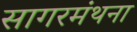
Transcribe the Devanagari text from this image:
सागरमंथना